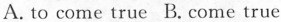
A.to come true B. come true